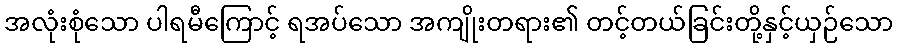
အလုံးစုံသော ပါရမီကြောင့် ရအပ်သော အကျိုးတရား၏ တင့်တယ်ခြင်းတို့နှင့်ယှဉ်သော